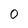
Character: 0